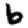
Digit: 6